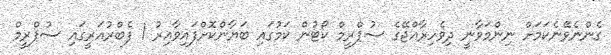
ގެންނެވޭނެކަމަށް ނިންމަވާނީ ދިވެހިރާއްޖޭގެ ސުޕްރީމް ކޯޓުން ކަމުގައި ބަޔާންކޮށްފައިވާއިރު 1 ފެބްރުއަރީގައި ސުޕްރީމް